Language: tamil
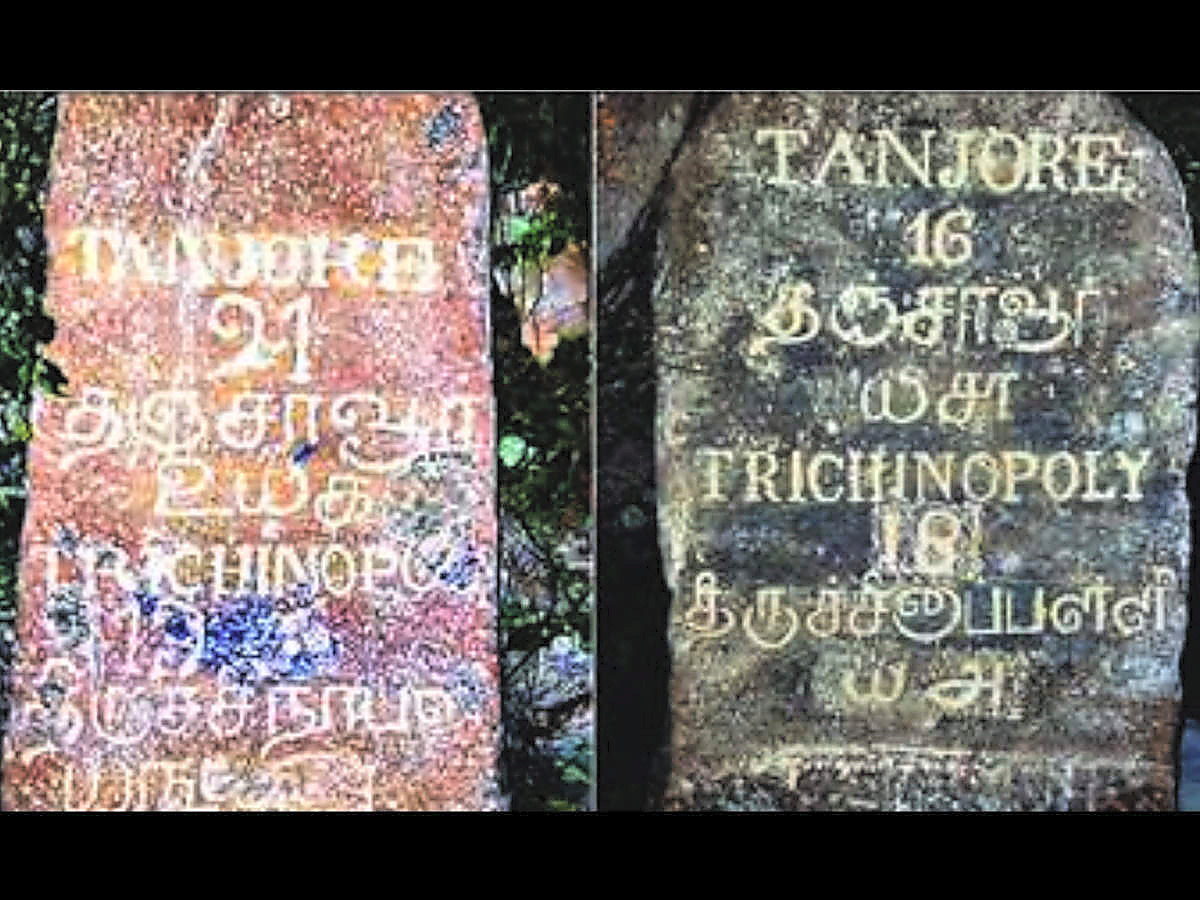
Transcription: தஞ்சாவூ த அ சாவா